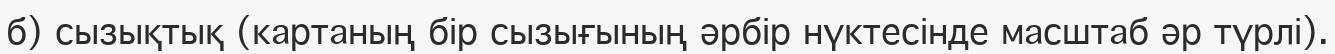
б) сызықтық (картаның бір сызығының әрбір нүктесінде масштаб әр түрлі).